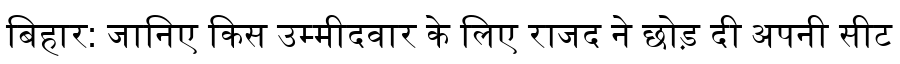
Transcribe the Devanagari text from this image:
बिहार: जानिए किस उम्मीदवार के लिए राजद ने छोड़ दी अपनी सीट